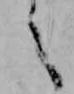
之